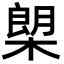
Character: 㮾